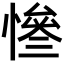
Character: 𢠊